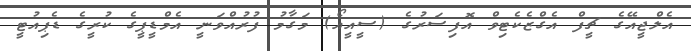
އެލްޖީއޭގެ ޗީފް އެގްޒެކެޓިވް އޮފިސަރުގެ (ސީއީއޯ) މަގާމު ފުރުއްވަނީ އެމްޑީޕީގެ ކުރީގެ ޑެޕިއުޓީ